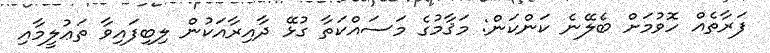
ފަރާތެއް ހޮވުމަށް ބެލޭނެ ކަންކަން: މަޤާމުގެ މަސައްކަތާ ގުޅޭ ދާއިރާއަކުން ލިބިފައިވާ ތަޢުލީމާއި